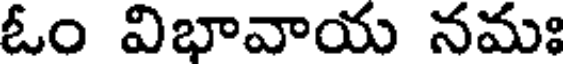
ఓం విభావాయ నమః